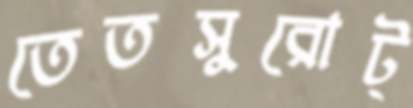
তেতসুরোট্